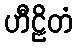
ဟီဠိတံ